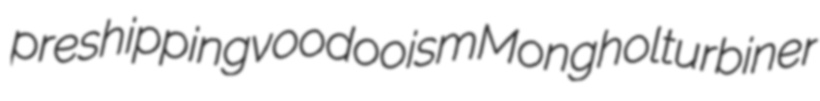
preshipping voodooism Monghol turbiner